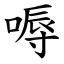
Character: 嗕